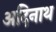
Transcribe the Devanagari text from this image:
अदिनाथ